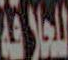
للعلاقة